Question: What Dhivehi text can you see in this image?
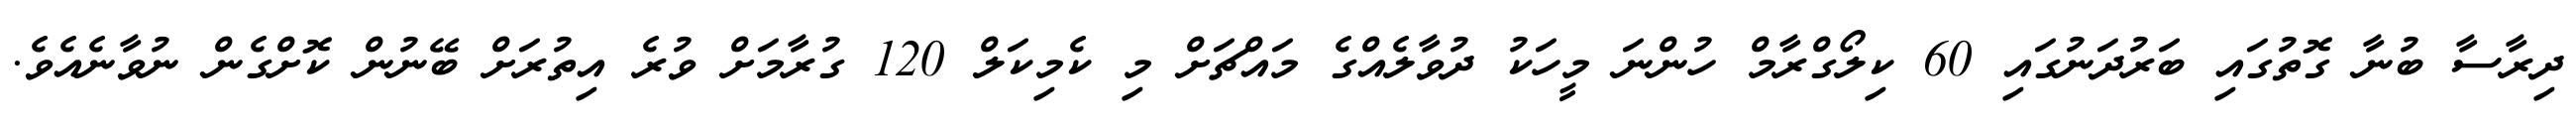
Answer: ދިރާސާ ބުނާ ގޮތުގައި ބަރުދަނުގައި 60 ކިލޯގްރާމް ހުންނަ މީހަކު ދުވާލެއްގެ މައްޗަށް މި ކެމިކަލް 120 ގުރާމަށް ވުރެ އިތުރަށް ބޭނުން ކޮށްގެން ނުވާނެއެވެ.